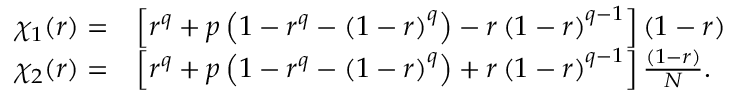
\begin{array} { r l } { \chi _ { 1 } ( r ) = } & { \left[ r ^ { q } + p \left( 1 - r ^ { q } - \left( 1 - r \right) ^ { q } \right) - r \left( 1 - r \right) ^ { q - 1 } \right] \left( 1 - r \right) } \\ { \chi _ { 2 } ( r ) = } & { \left[ r ^ { q } + p \left( 1 - r ^ { q } - \left( 1 - r \right) ^ { q } \right) + r \left( 1 - r \right) ^ { q - 1 } \right] \frac { \left( 1 - r \right) } { N } . } \end{array}